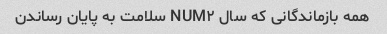
همه بازماندگانی که سال NUM۲ سلامت به پایان رساندن